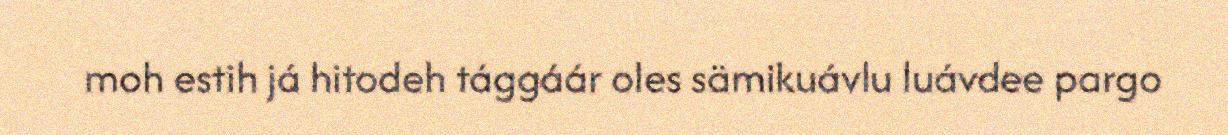
moh estih já hitodeh tággáár oles sämikuávlu luávdee pargo